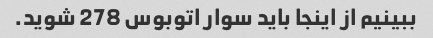
ببینیم از اینجا باید سوار اتوبوس 278 شوید.